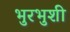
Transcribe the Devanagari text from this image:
भुरभुशी